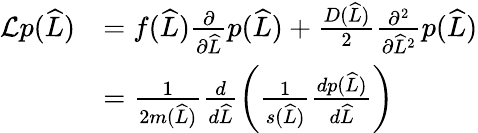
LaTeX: \begin{array}{rl}{\mathcal{L}p(\widehat{L})}&{=f(\widehat{L})\frac{\partial}{\partial\widehat{L}}p(\widehat{L})+\frac{D(\widehat{L})}{2}\frac{\partial^{2}}{\partial\widehat{L}^{2}}p(\widehat{L})}\\ &{=\frac{1}{2m(\widehat{L})}\frac{d}{d\widehat{L}}\left(\frac{1}{s(\widehat{L})}\frac{dp(\widehat{L})}{d\widehat{L}}\right)}\end{array}